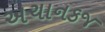
અચાનકજ